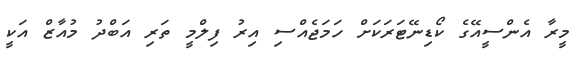
މީރާ އެންސީއޭގެ ކޯޑިނޭޓަރަކަށް ހަމަޖެއްސި އިރު ފިލްމީ ތަރި އަބްދު މުއާޒް އަކީ